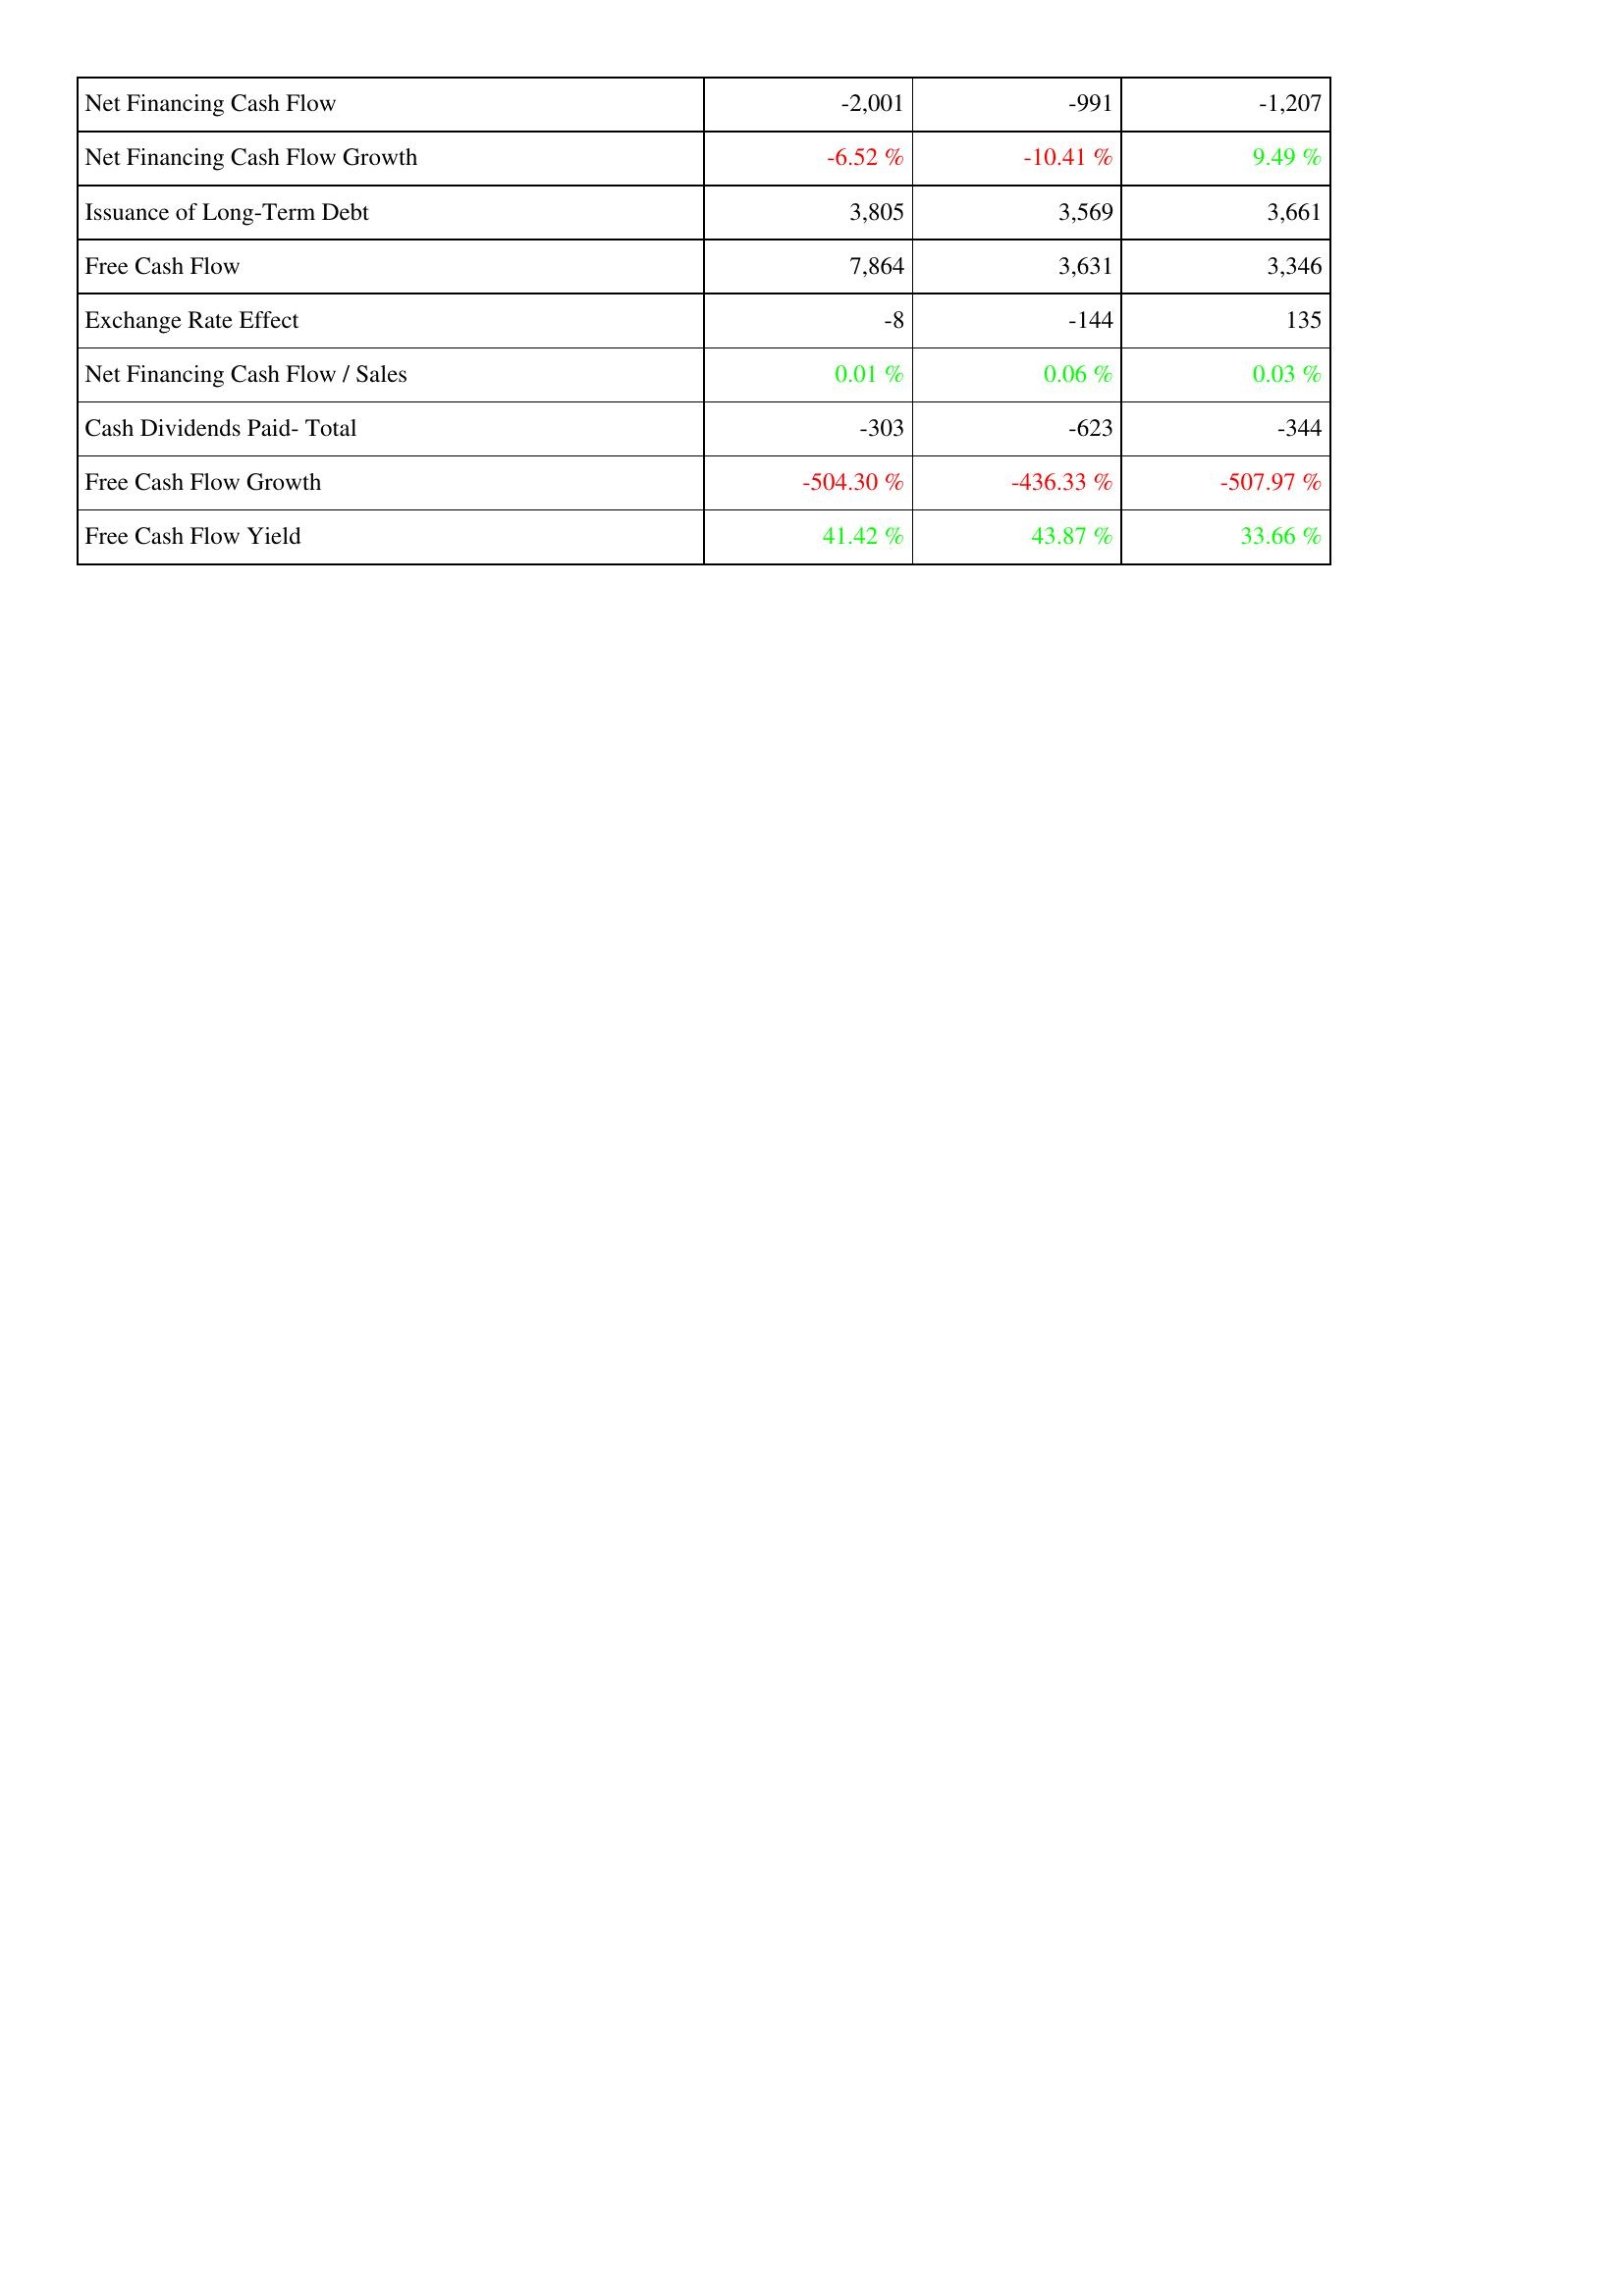
2006: Financing Activities: Net Financing Cash Flow: -2,001
Net Financing Cash Flow Growth: -6.52 %
Issuance of Long-Term Debt: 3,805
Free Cash Flow: 7,864
Exchange Rate Effect: -8
Net Financing Cash Flow / Sales: 0.01 %
Cash Dividends Paid- Total: -303
Free Cash Flow Growth: -504.30 %
Free Cash Flow Yield: 41.42 %
2007: Financing Activities: Net Financing Cash Flow: -991
Net Financing Cash Flow Growth: -10.41 %
Issuance of Long-Term Debt: 3,569
Free Cash Flow: 3,631
Exchange Rate Effect: -144
Net Financing Cash Flow / Sales: 0.06 %
Cash Dividends Paid- Total: -623
Free Cash Flow Growth: -436.33 %
Free Cash Flow Yield: 43.87 %
2008: Financing Activities: Net Financing Cash Flow: -1,207
Net Financing Cash Flow Growth: 9.49 %
Issuance of Long-Term Debt: 3,661
Free Cash Flow: 3,346
Exchange Rate Effect: 135
Net Financing Cash Flow / Sales: 0.03 %
Cash Dividends Paid- Total: -344
Free Cash Flow Growth: -507.97 %
Free Cash Flow Yield: 33.66 %